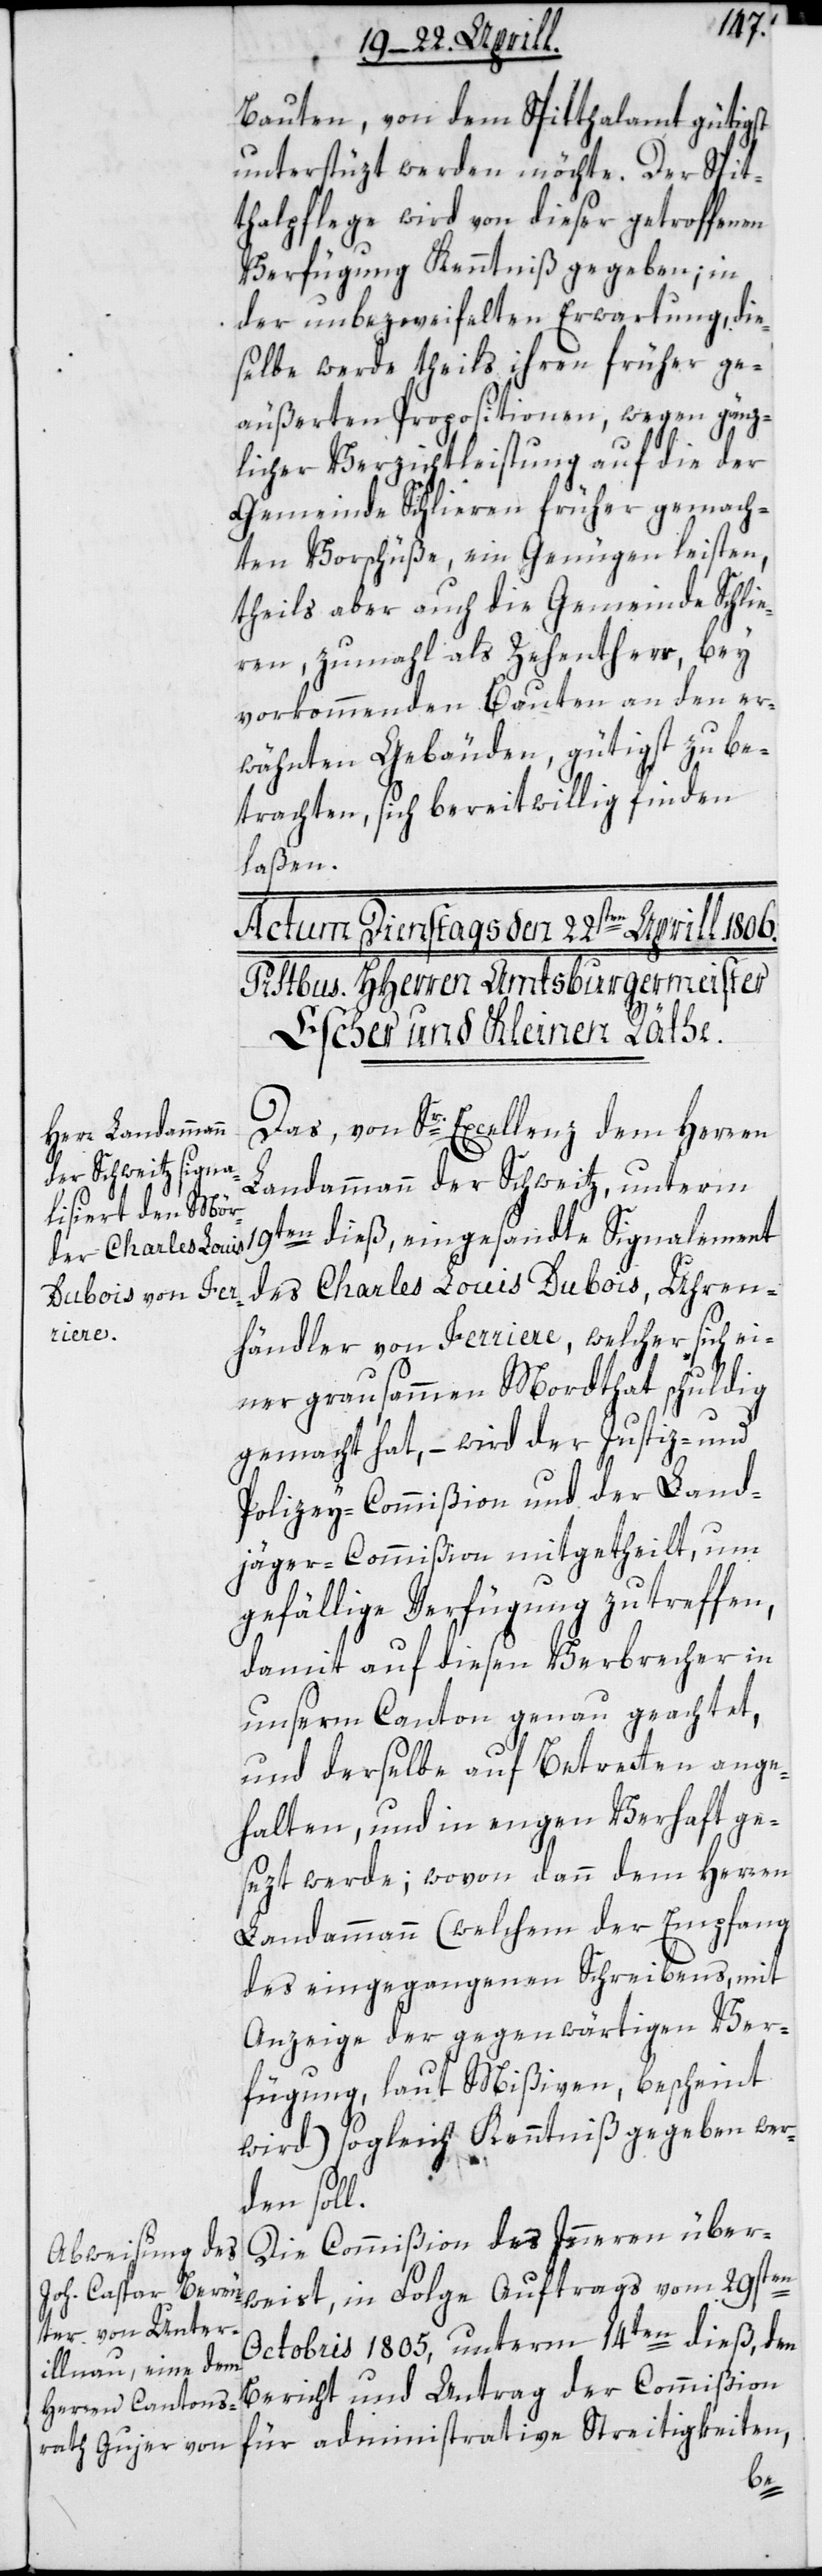
Bauten, von dem Spitthalamt gütigst
unterstüzt werden möchte. Der Spit¬
thalpflege wird von dieser getroffenen
Verfügung Kenntniß gegeben; in
der unbezweifelten Erwartung, die¬
selbe werde theils ihren früher ge¬
äußerten Propositionen, wegen gänz¬
licher Verzichtleistung auf die der
Gemeinde Schlieren früher gemach¬
ten Vorschüße, ein Genügen leisten,
theils aber auch die Gemeinde Schlie¬
ren, zumal als Zehentherr, bey
vorkommenden Bauten an den er¬
wähnten Gebäuden, gütigst zu be¬
trachten, sich bereitwillig finden
laßen.
Das, von Sr. Excellenz dem Herren
Landammann der Schweitz, unterm
des Charles Louis Dubois, Uhren¬
händler von Ferriere, welcher sich ei¬
ner grausammen Mordthat schuldig
gemacht hat, – wird der Justiz- und
Polizey-Commißion und der Lang¬
jäger-Commißion mitgetheilt, um
gefällige Verfügung zu treffen,
damit auf diesen Verbrecher in
unserm Canton genau geachtet,
und derselbe auf Betretten ange¬
halten, und in engen Verhaft ge¬
sezt werde; wovon dann dem Herren
Landammann (welchem der Empfang
des eingegangenen Schreibens, mit
Anzeige der gegenwärtigen Ver¬
fügung, laut Mißiven, bescheint
wird) sogleich Kenntniß gegeben wer¬
den soll.
Die Commißion des Innern über¬
weist, in Folge Auftrags vom 29sten
Octobris 1805, unterm 14ten dieß, den
Bericht und Antrag der Commißion
für administrative Streitigkeiten,